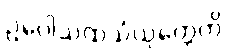
ဥပေါသထသံယုတ္တေတိ